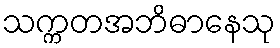
သက္ကတအဘိဓာနေသု